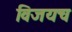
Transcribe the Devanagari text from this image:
विजयच